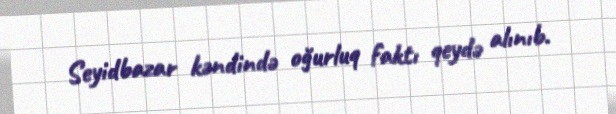
Seyidbazar kəndində oğurluq faktı qeydə alınıb.